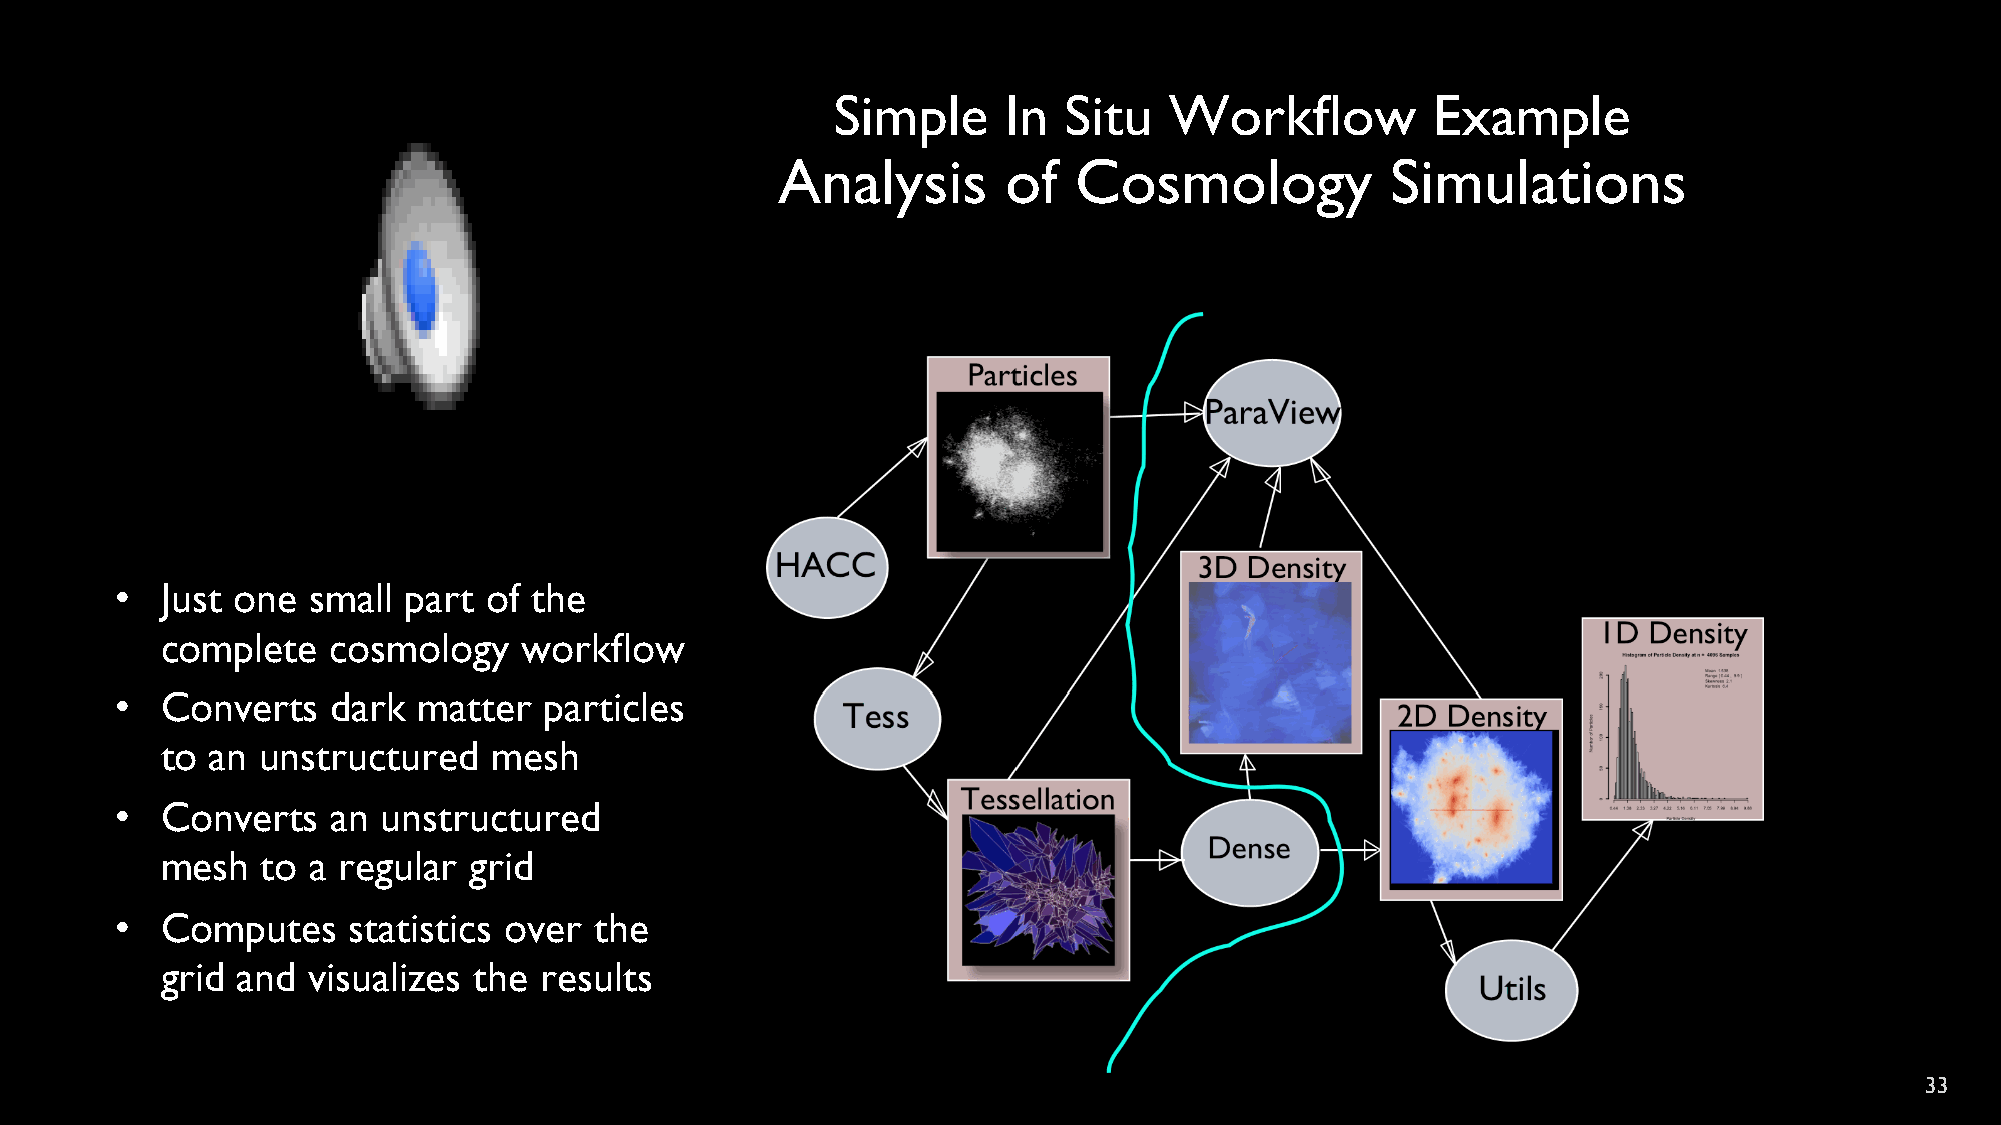
Simple     In  Situ   Workflow          Example
 Analysis        of  Cosmology            Simulations
 •  Just one small  part of the
 complete   cosmology    workflow
 •  Converts   dark  matter  particles
 to an unstructured   mesh
 •  Converts   an unstructured
 mesh  to  a regular grid
 •  Computes    statistics over the
 grid and visualizes the  results
 33